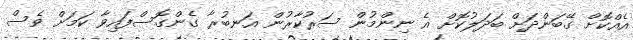
އެއްކޮށް ގޭބަންދަށް ބަދަލުކޮށް އެ ނިންމުން ސަރުކާރުން އަނބުރާ ގެންގޮސްފައިވާ ކަމަށް ވެސް